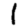
Digit: 1